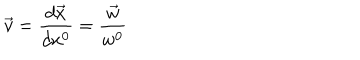
LaTeX: \vec { v } = \frac { d \vec { x } } { d x ^ { 0 } } = \frac { \vec { w } } { w ^ { 0 } }